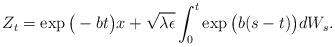
LaTeX: \begin{align*}Z_t = \exp\big(-bt\big)x+ \sqrt{\lambda \epsilon} \int_0^t \exp\big(b(s-t) \big)dW_s.\end{align*}